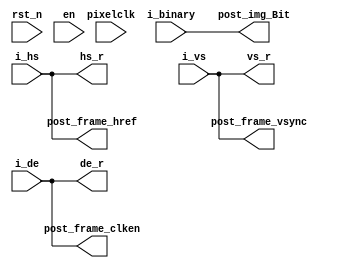
module area_1(
input					pixelclk,
input                   rst_n,
input                   en,
input                   i_binary,
input					i_hs,
input					i_vs,
input					i_de,
//input     [23:0]        i_rgb_1,
//
//output    [23:0]        o_rgb_1_6,
output    wire           hs_r,
output    wire           vs_r,
output    wire           de_r,
output    wire			post_frame_vsync,
output    wire			post_frame_href,	
output    wire			post_frame_clken,	
output    wire			post_img_Bit




   );


 
 assign hs_r    = i_hs;
 assign vs_r    =i_vs;
 assign de_r    = i_de;

               

 assign   post_frame_vsync=i_vs ;  
 assign   post_frame_href =i_hs  ;	 
 assign   post_frame_clken=i_de ;	 
 assign   post_img_Bit =i_binary ;  




	

 
endmodule